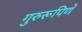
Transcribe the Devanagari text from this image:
गुरुरूपिणे